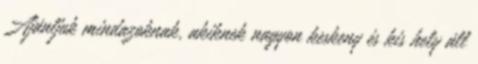
Ajánljuk mindazoknak, akiknek nagyon keskeny és kis hely áll